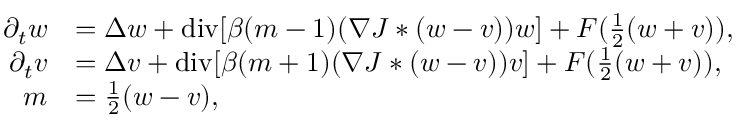
\begin{array} { r l } { \partial _ { t } w } & { = \Delta w + \mathrm { d i v } [ \beta ( m - 1 ) ( \nabla J * ( w - v ) ) w ] + F ( \frac { 1 } { 2 } ( w + v ) ) , } \\ { \partial _ { t } v } & { = \Delta v + \mathrm { d i v } [ \beta ( m + 1 ) ( \nabla J * ( w - v ) ) v ] + F ( \frac { 1 } { 2 } ( w + v ) ) , } \\ { m } & { = \frac { 1 } { 2 } ( w - v ) , } \end{array}